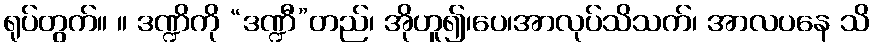
ရုပ်တွက်။ ။ ဒဏ္ဍိကို “ဒဏ္ဍီ”တည်၊ အိုဟူ၍၊ပေ၊အာလုပ်သိသက်၊ အာလပနေ သိ